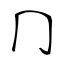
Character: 冂